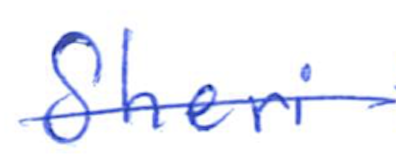
Text: Sheri
Cross-out: single-line
Writing tool: ballpoint